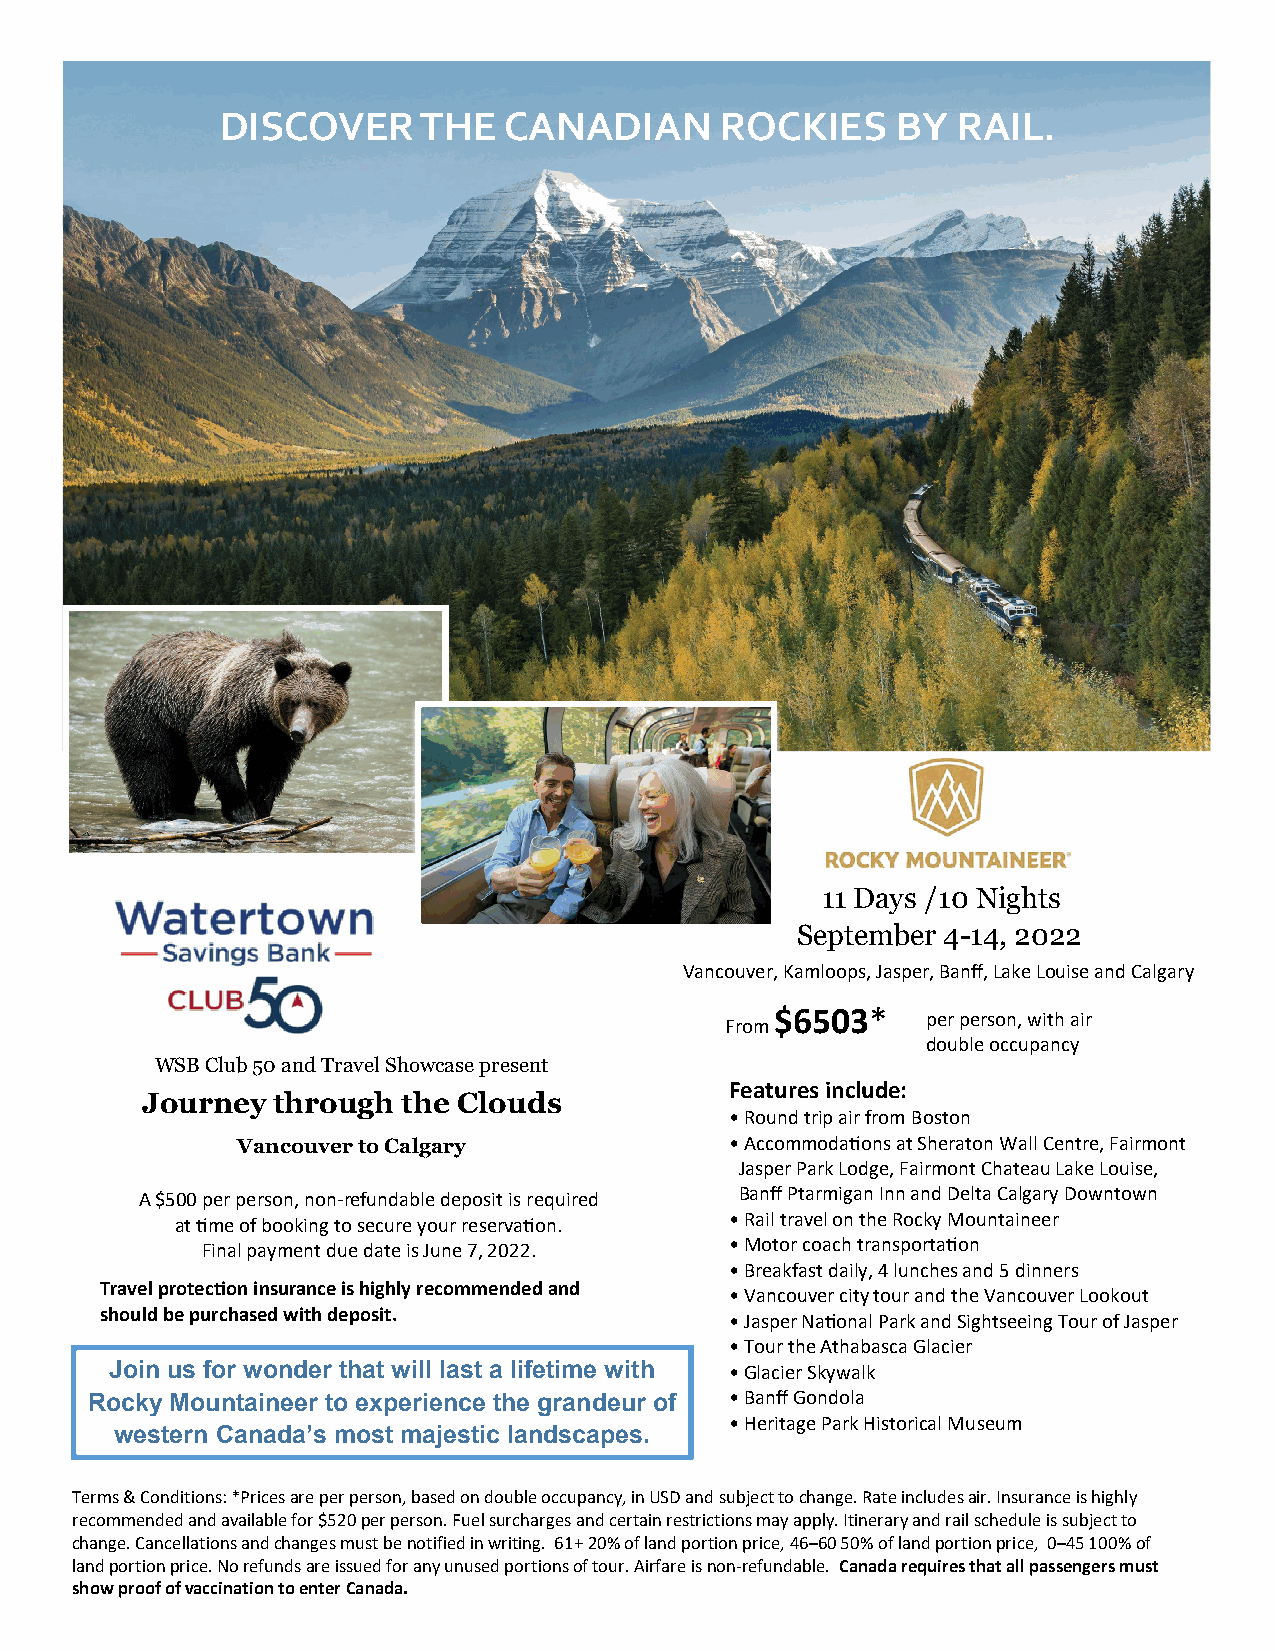
DISCOVER     THE  CANADIAN       ROCKIES    BY  RAIL.
 11 Days /10 Nights
 September 4-14, 2022
 Vancouver, Kamloops, Jasper, Banff, Lake Louise and Calgary
 $6503*    per person, with air
 From
 double occupancy
 WSB Club 50 and Travel Showcase present
 Features include:
 Journey  through  the Clouds
 •Round trip air from Boston
 Vancouver to Calgary            •Accommodations at Sheraton Wall Centre, Fairmont
 Jasper Park Lodge, Fairmont Chateau Lake Louise,
 A $500 per person, non-refundable deposit is required Banff Ptarmigan Inn and Delta Calgary Downtown
 at time of booking to secure your reservation. •Rail travel on the Rocky Mountaineer
 Final payment due date is June 7, 2022. •Motor coach transportation
 •Breakfast daily, 4 lunches and 5 dinners
 Travel protection insurance is highly recommended and
 •Vancouver city tour and the Vancouver Lookout
 should be purchased with deposit.
 •Jasper National Park and Sightseeing Tour of Jasper
 •Tour the Athabasca Glacier
 Join us for wonder that will last a lifetime with •Glacier Skywalk
 Rocky Mountaineer to experience the grandeur of •Banff Gondola
 •Heritage Park Historical Museum
 western Canada’s most majestic landscapes.
 Terms & Conditions: *Prices are per person, based on double occupancy, in USD and subject to change. Rate includes air. Insurance is highly
 recommended and available for $520 per person. Fuel surcharges and certain restrictions may apply. Itinerary and rail schedule is subject to
 change. Cancellations and changes must be notified in writing. 61+ 20% of land portion price, 46–60 50% of land portion price, 0–45 100% of
 land portion price. No refunds are issued for any unused portions of tour. Airfare is non-refundable. Canada requires that all passengers must
 show proof of vaccination to enter Canada.